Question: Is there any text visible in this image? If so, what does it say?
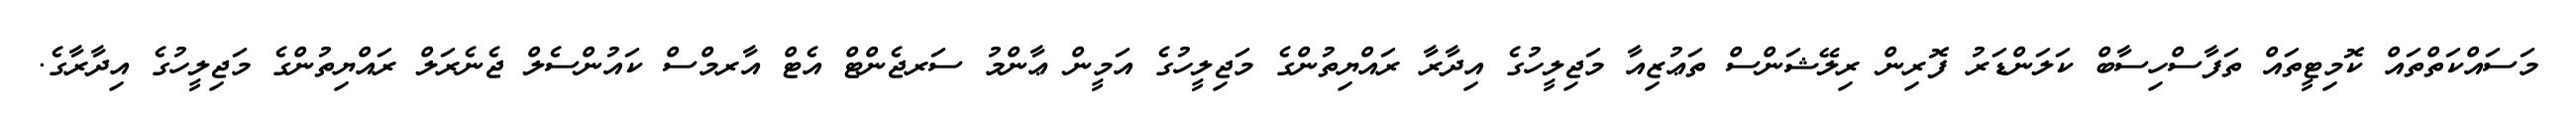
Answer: މަސައްކަތްތައް ކޮމިޓީތައް ތަފާސްހިސާބް ކަލަންޑަރު ފޮރިން ރިލޭޝަންސް ތަޢުޒިއާ މަޖިލީހުގެ އިދާރާ ރައްޔިތުންގެ މަޖިލީހުގެ އަމީން ޢާންމު ސަރޖެންޓް އެޓް އާރމްސް ކައުންސެލް ޖެނެރަލް ރައްޔިތުންގެ މަޖިލީހުގެ އިދާރާގެ.